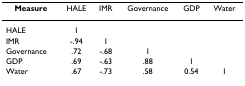
| Measure | HALE | IMR | Governance | GDP | Water |
 | --- | --- | --- | --- | --- | --- |
 | HALE | 1 |  |  |  |  |
 | IMR | -.94 | 1 |  |  |  |
 | Governance | .72 | -.68 | 1 |  |  |
 | GDP | .69 | -.63 | .88 | 1 |  |
 | Water | .67 | -.73 | .58 | 0.54 | 1 |